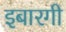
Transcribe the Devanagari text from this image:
इबारगी